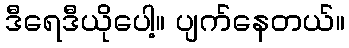
ဒီရေဒီယိုပေါ့။ ပျက်နေတယ်။